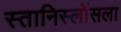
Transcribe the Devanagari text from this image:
स्तानिस्लॉसला